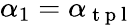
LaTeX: \alpha_{1}=\alpha_{\mathrm{~t~p~l~}}